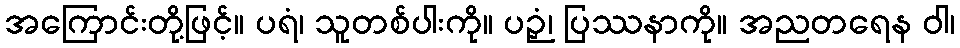
အကြောင်းတို့ဖြင့်။ ပရံ၊ သူတစ်ပါးကို။ ပဉှံ၊ ပြဿနာကို။ အညတရေန ဝါ၊